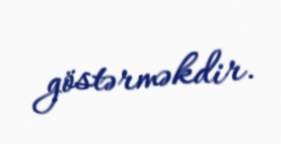
göstərməkdir.